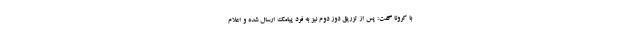
با کرونا گفت: پس از تزریق دوز دوم نیز به فرد پیامک ارسال شده و اعلام